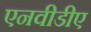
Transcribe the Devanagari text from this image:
एनवीडीए